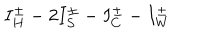
LaTeX: I _ { H } ^ { \pm } - 2 I _ { S } ^ { \pm } - I _ { C } ^ { \pm } - I _ { W } ^ { \pm }